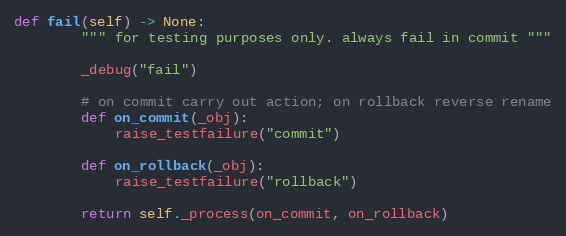
Language: Python
def fail(self) -> None:
        """ for testing purposes only. always fail in commit """

        _debug("fail")

        # on commit carry out action; on rollback reverse rename
        def on_commit(_obj):
            raise_testfailure("commit")

        def on_rollback(_obj):
            raise_testfailure("rollback")

        return self._process(on_commit, on_rollback)